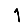
Digit: 1